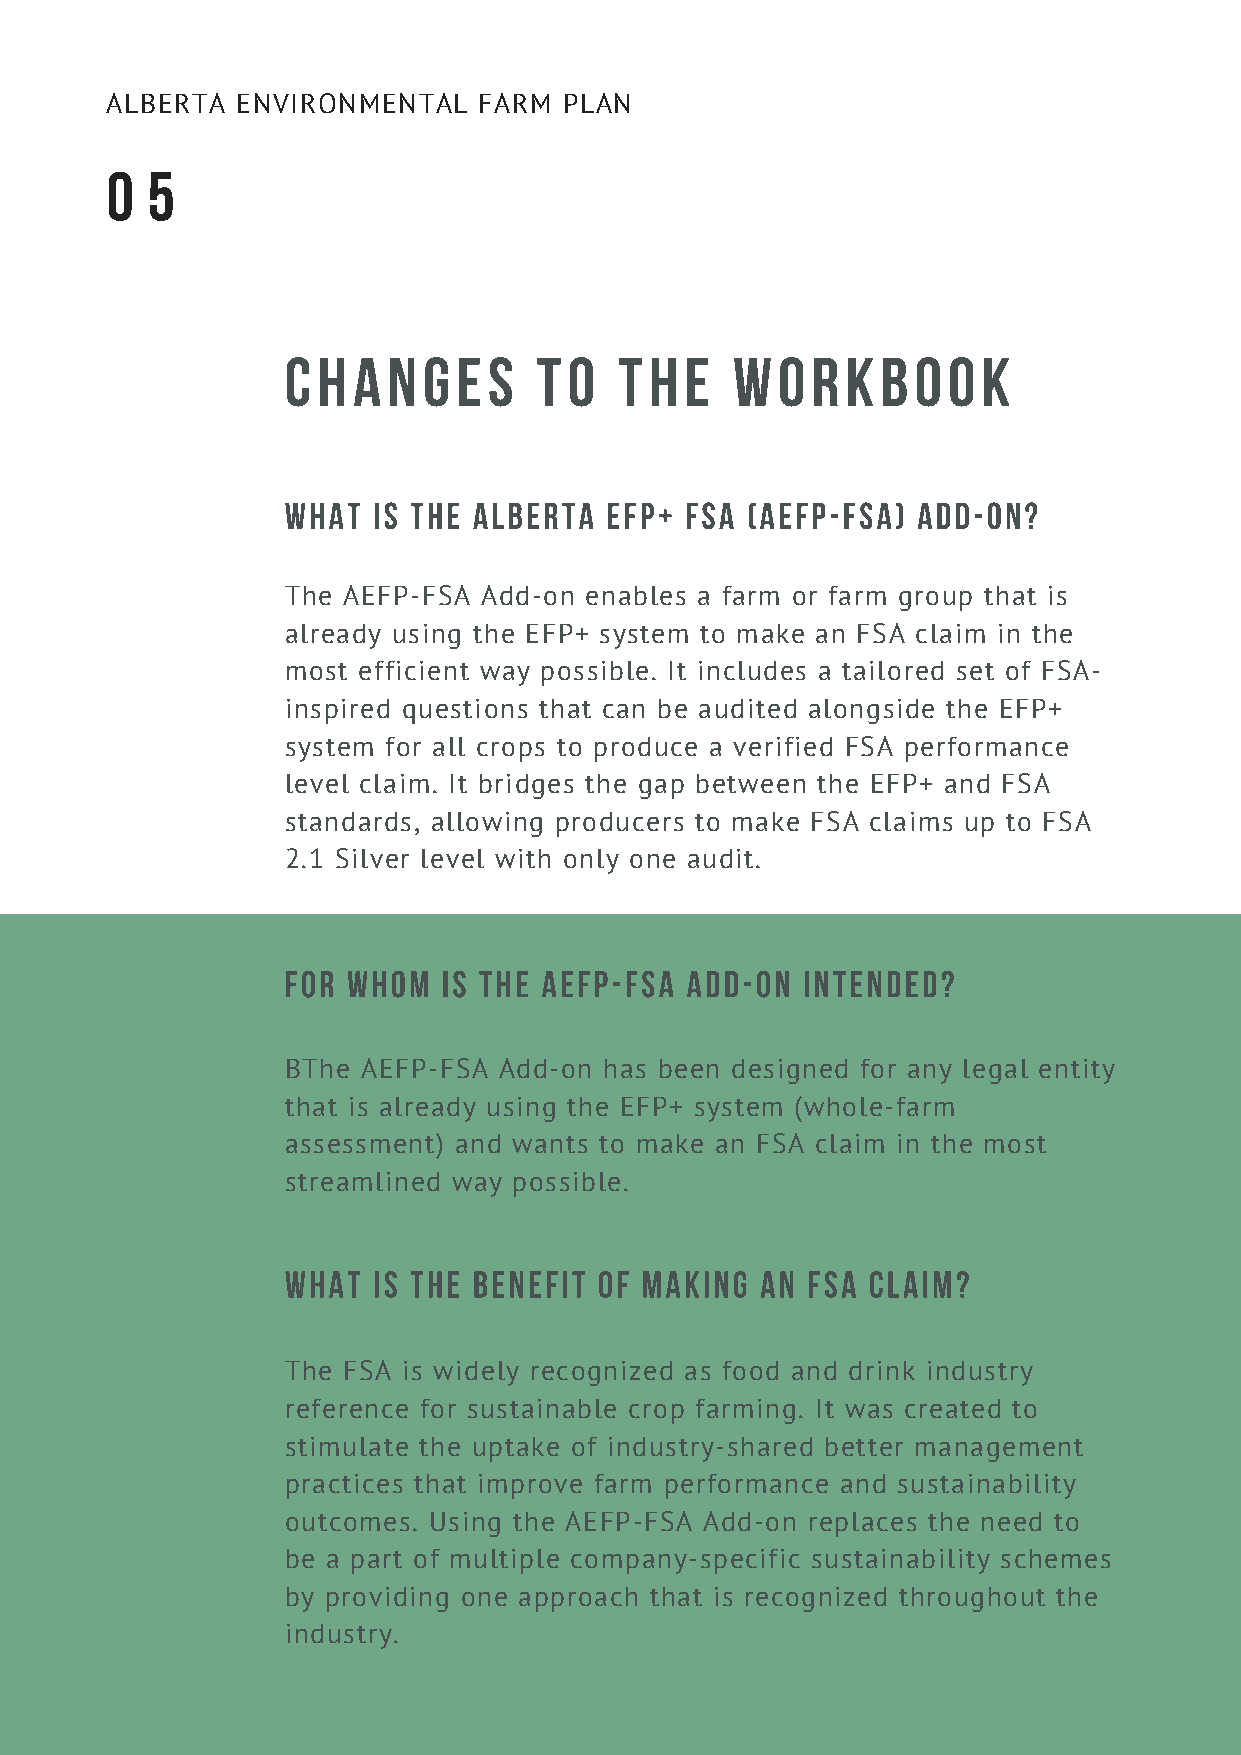
ALBERTA  ENVIRONMENTAL   FARM PLAN
 0  5
 CHANGES          TO   THE     WORKBOOK
 WHAT  IS THE ALBERTA EFP+ FSA (AEFP-FSA)  ADD-ON?
 The AEFP-FSA Add-on enables a farm or farm group that is
 already using the EFP+ system to make an FSA claim in the
 most efficient way possible. It includes a tailored set of FSA-
 inspired questions that can be audited alongside the EFP+
 system for all crops to produce a verified FSA performance
 level claim. It bridges the gap between the EFP+ and FSA
 standards, allowing producers to make FSA claims up to FSA
 2.1 Silver level with only one audit.
 FOR WHOM  IS THE AEFP-FSA ADD-ON  INTENDED?
 BThe AEFP-FSA Add-on has been designed for any legal entity
 that is already using the EFP+ system (whole-farm
 assessment) and wants to make an FSA claim in the most
 streamlined way possible.
 WHAT  IS THE BENEFIT OF MAKING AN FSA  CLAIM?
 The FSA is widely recognized as food and drink industry
 reference for sustainable crop farming. It was created to
 stimulate the uptake of industry-shared better management
 practices that improve farm performance and sustainability
 outcomes. Using the AEFP-FSA Add-on replaces the need to
 be a part of multiple company-specific sustainability schemes
 by providing one approach that is recognized throughout the
 industry.